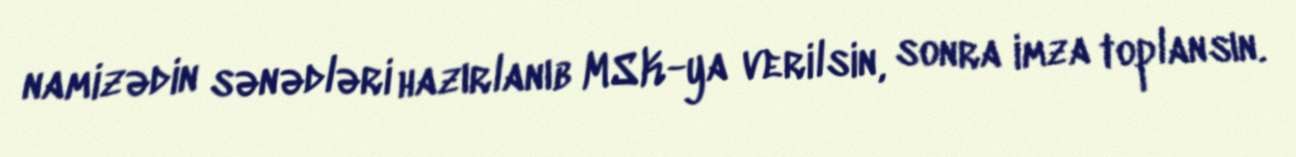
namizədin sənədləri hazırlanıb MSK-ya verilsin, sonra imza toplansın.